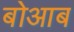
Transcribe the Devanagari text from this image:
बोआब